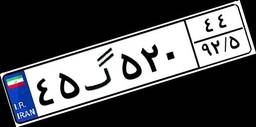
۰۶گ۰۹۹۱۶